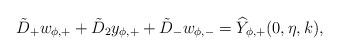
LaTeX: \begin{align*}\tilde D_{+} w_{\phi,+}+\tilde D_{2} y_{\phi,+} +\tilde D_{-}w_{\phi,-}=\widehat{Y}_{\phi,+} (0,\eta,k),\end{align*}